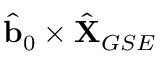
\hat { \mathbf { b } } _ { 0 } \times \hat { \mathbf { X } } _ { G S E }